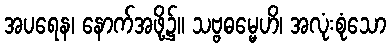
အပရေန၊ နောက်အဖို့၌။ သဗ္ဗဓမ္မေဟိ၊ အလုံးစုံသော